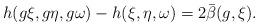
LaTeX: \begin{align*} h(g\xi,g\eta,g\omega)-h(\xi,\eta,\omega)=2\bar\beta(g,\xi).\end{align*}